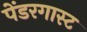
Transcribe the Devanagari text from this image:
पेंडरगास्ट